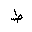
Letter: _da